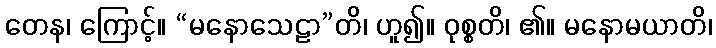
တေန၊ ကြောင့်။ “မနောသေဠာ”တိ၊ ဟူ၍။ ဝုစ္စတိ၊ ၏။ မနောမယာတိ၊